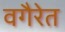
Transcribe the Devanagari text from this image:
वगैरेत